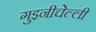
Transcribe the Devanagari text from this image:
गुइनीचेल्ली